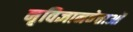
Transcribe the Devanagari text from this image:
नृविज्ञानवेत्ताओं